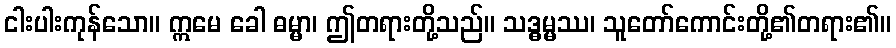
ငါးပါးကုန်သော။ ဣမေ ခေါ ဓမ္မာ၊ ဤတရားတို့သည်။ သဒ္ဓမ္မဿ၊ သူတော်ကောင်းတို့၏တရား၏။